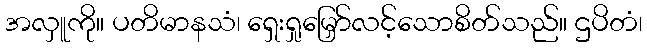
အလှူကို။ ပတိမာနသံ၊ ရှေးရှုမြှော်လင့်သောစိတ်သည်။ ဌပိတံ၊